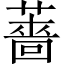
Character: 薔